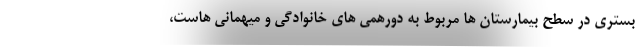
بستری در سطح بیمارستان ها مربوط به دورهمی های خانوادگی و میهمانی هاست،